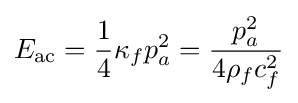
E_{\rm {ac}}={1 \over 4}\kappa _{f}p_{a}^{2}={p_{a}^{2} \over 4\rho _{f}c_{f}^{2}}